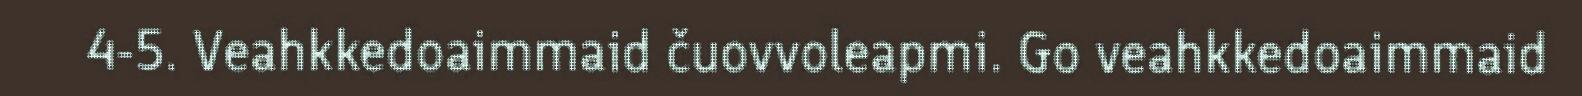
4-5. Veahkkedoaimmaid čuovvoleapmi. Go veahkkedoaimmaid